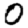
Digit: 0